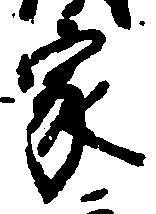
家